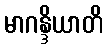
မာဂန္ဒိယာတိ